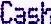
CASH